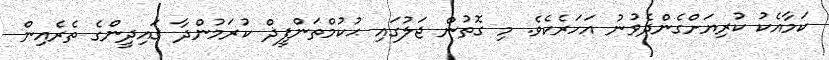
ކަމާއެކު ކުރިޔަށްގެންދެވުނު އަހަރެކެވެ. މި ގޮތުން ޖަލުގައި ޙުކުމްތަންފީޛް ކުރަމުންދާ ޤައިދީންގެ ތެރެއިން